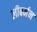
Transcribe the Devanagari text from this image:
लीबर्मन